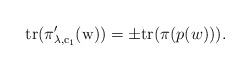
\begin{align*} {\rm{tr}(\pi_{\lambda,c_1}'(w))}=\pm {\rm{tr}}(\pi(p(w))).\end{align*}